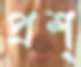
প্রশ্